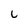
Character: 6